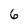
Character: 6